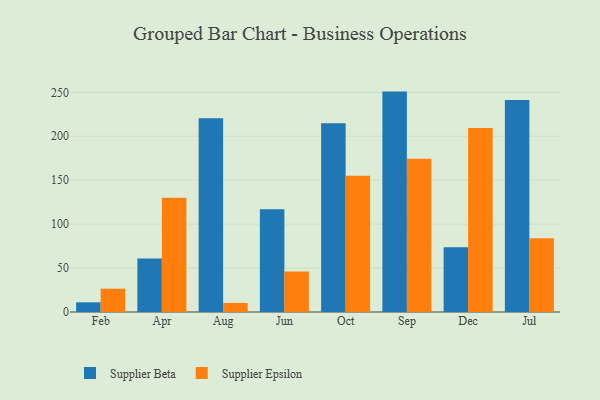
{"axis": {"x": "Month", "y": "Satisfaction Score"}, "legend": ["Supplier Beta", "Supplier Epsilon"], "data": [{"x": "Feb", "y": 11.0, "type": "Supplier Beta"}, {"x": "Feb", "y": 26.5, "type": "Supplier Epsilon"}, {"x": "Apr", "y": 60.9, "type": "Supplier Beta"}, {"x": "Apr", "y": 130.1, "type": "Supplier Epsilon"}, {"x": "Aug", "y": 220.6, "type": "Supplier Beta"}, {"x": "Aug", "y": 10.3, "type": "Supplier Epsilon"}, {"x": "Jun", "y": 116.8, "type": "Supplier Beta"}, {"x": "Jun", "y": 46.0, "type": "Supplier Epsilon"}, {"x": "Oct", "y": 214.7, "type": "Supplier Beta"}, {"x": "Oct", "y": 155.1, "type": "Supplier Epsilon"}, {"x": "Sep", "y": 250.8, "type": "Supplier Beta"}, {"x": "Sep", "y": 174.5, "type": "Supplier Epsilon"}, {"x": "Dec", "y": 73.7, "type": "Supplier Beta"}, {"x": "Dec", "y": 209.5, "type": "Supplier Epsilon"}, {"x": "Jul", "y": 241.2, "type": "Supplier Beta"}, {"x": "Jul", "y": 83.9, "type": "Supplier Epsilon"}]}